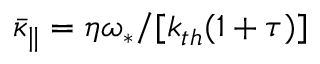
\bar { \kappa } _ { \| } = \eta \omega _ { \ast } / [ k _ { t h } ( 1 + \tau ) ]